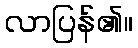
လာပြန်၏။